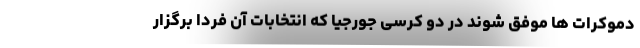
دموکرات ها موفق شوند در دو کرسی جورجیا که انتخابات آن فردا برگزار